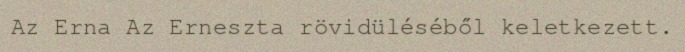
Az Erna Az Erneszta rövidüléséből keletkezett.